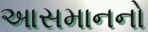
આસમાનનો